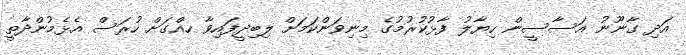
އަދި ގާނޫނު އަސާސީން ހިޔާލު ފާޅުކުރުމުގެ މިނިވަންކަމަށް ލިބިދީފައިވާ ހއްގަށް ހުރަސް އެޅެމުންދާތީ